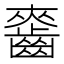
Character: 𪘘